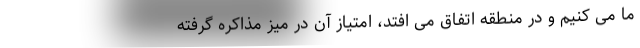
ما می کنیم و در منطقه اتفاق می افتد، امتیاز آن در میز مذاکره گرفته